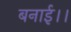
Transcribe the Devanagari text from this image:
बनाई।।